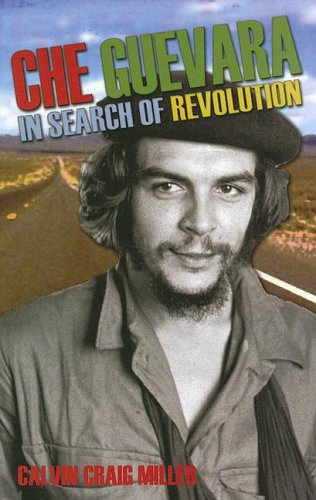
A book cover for Che Guevara: In Search of Revolution (World Leaders); Calvin Craig Miller; Teen & Young Adult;